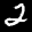
Label: 2